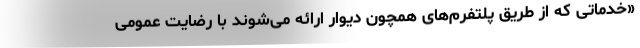
«خدماتی که از طریق پلتفرم‌های همچون دیوار ارائه می‌شوند با رضایت عمومی